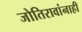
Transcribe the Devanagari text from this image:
जोतिरावांनाही